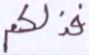
فذلكم